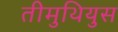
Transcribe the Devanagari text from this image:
तीमुथियुस